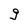
Character: g